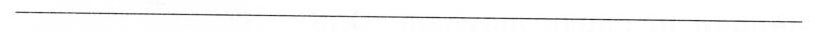
___